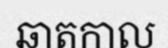
ឆាតកាល